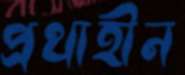
প্রথাহীন